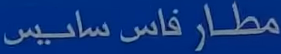
مطار فاس سانيس